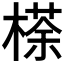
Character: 𣘻